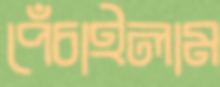
পেঁচাইলাম